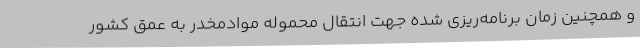
و همچنین زمان برنامه‌ریزی شده جهت انتقال محموله موادمخدر به عمق کشور